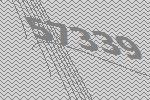
57339